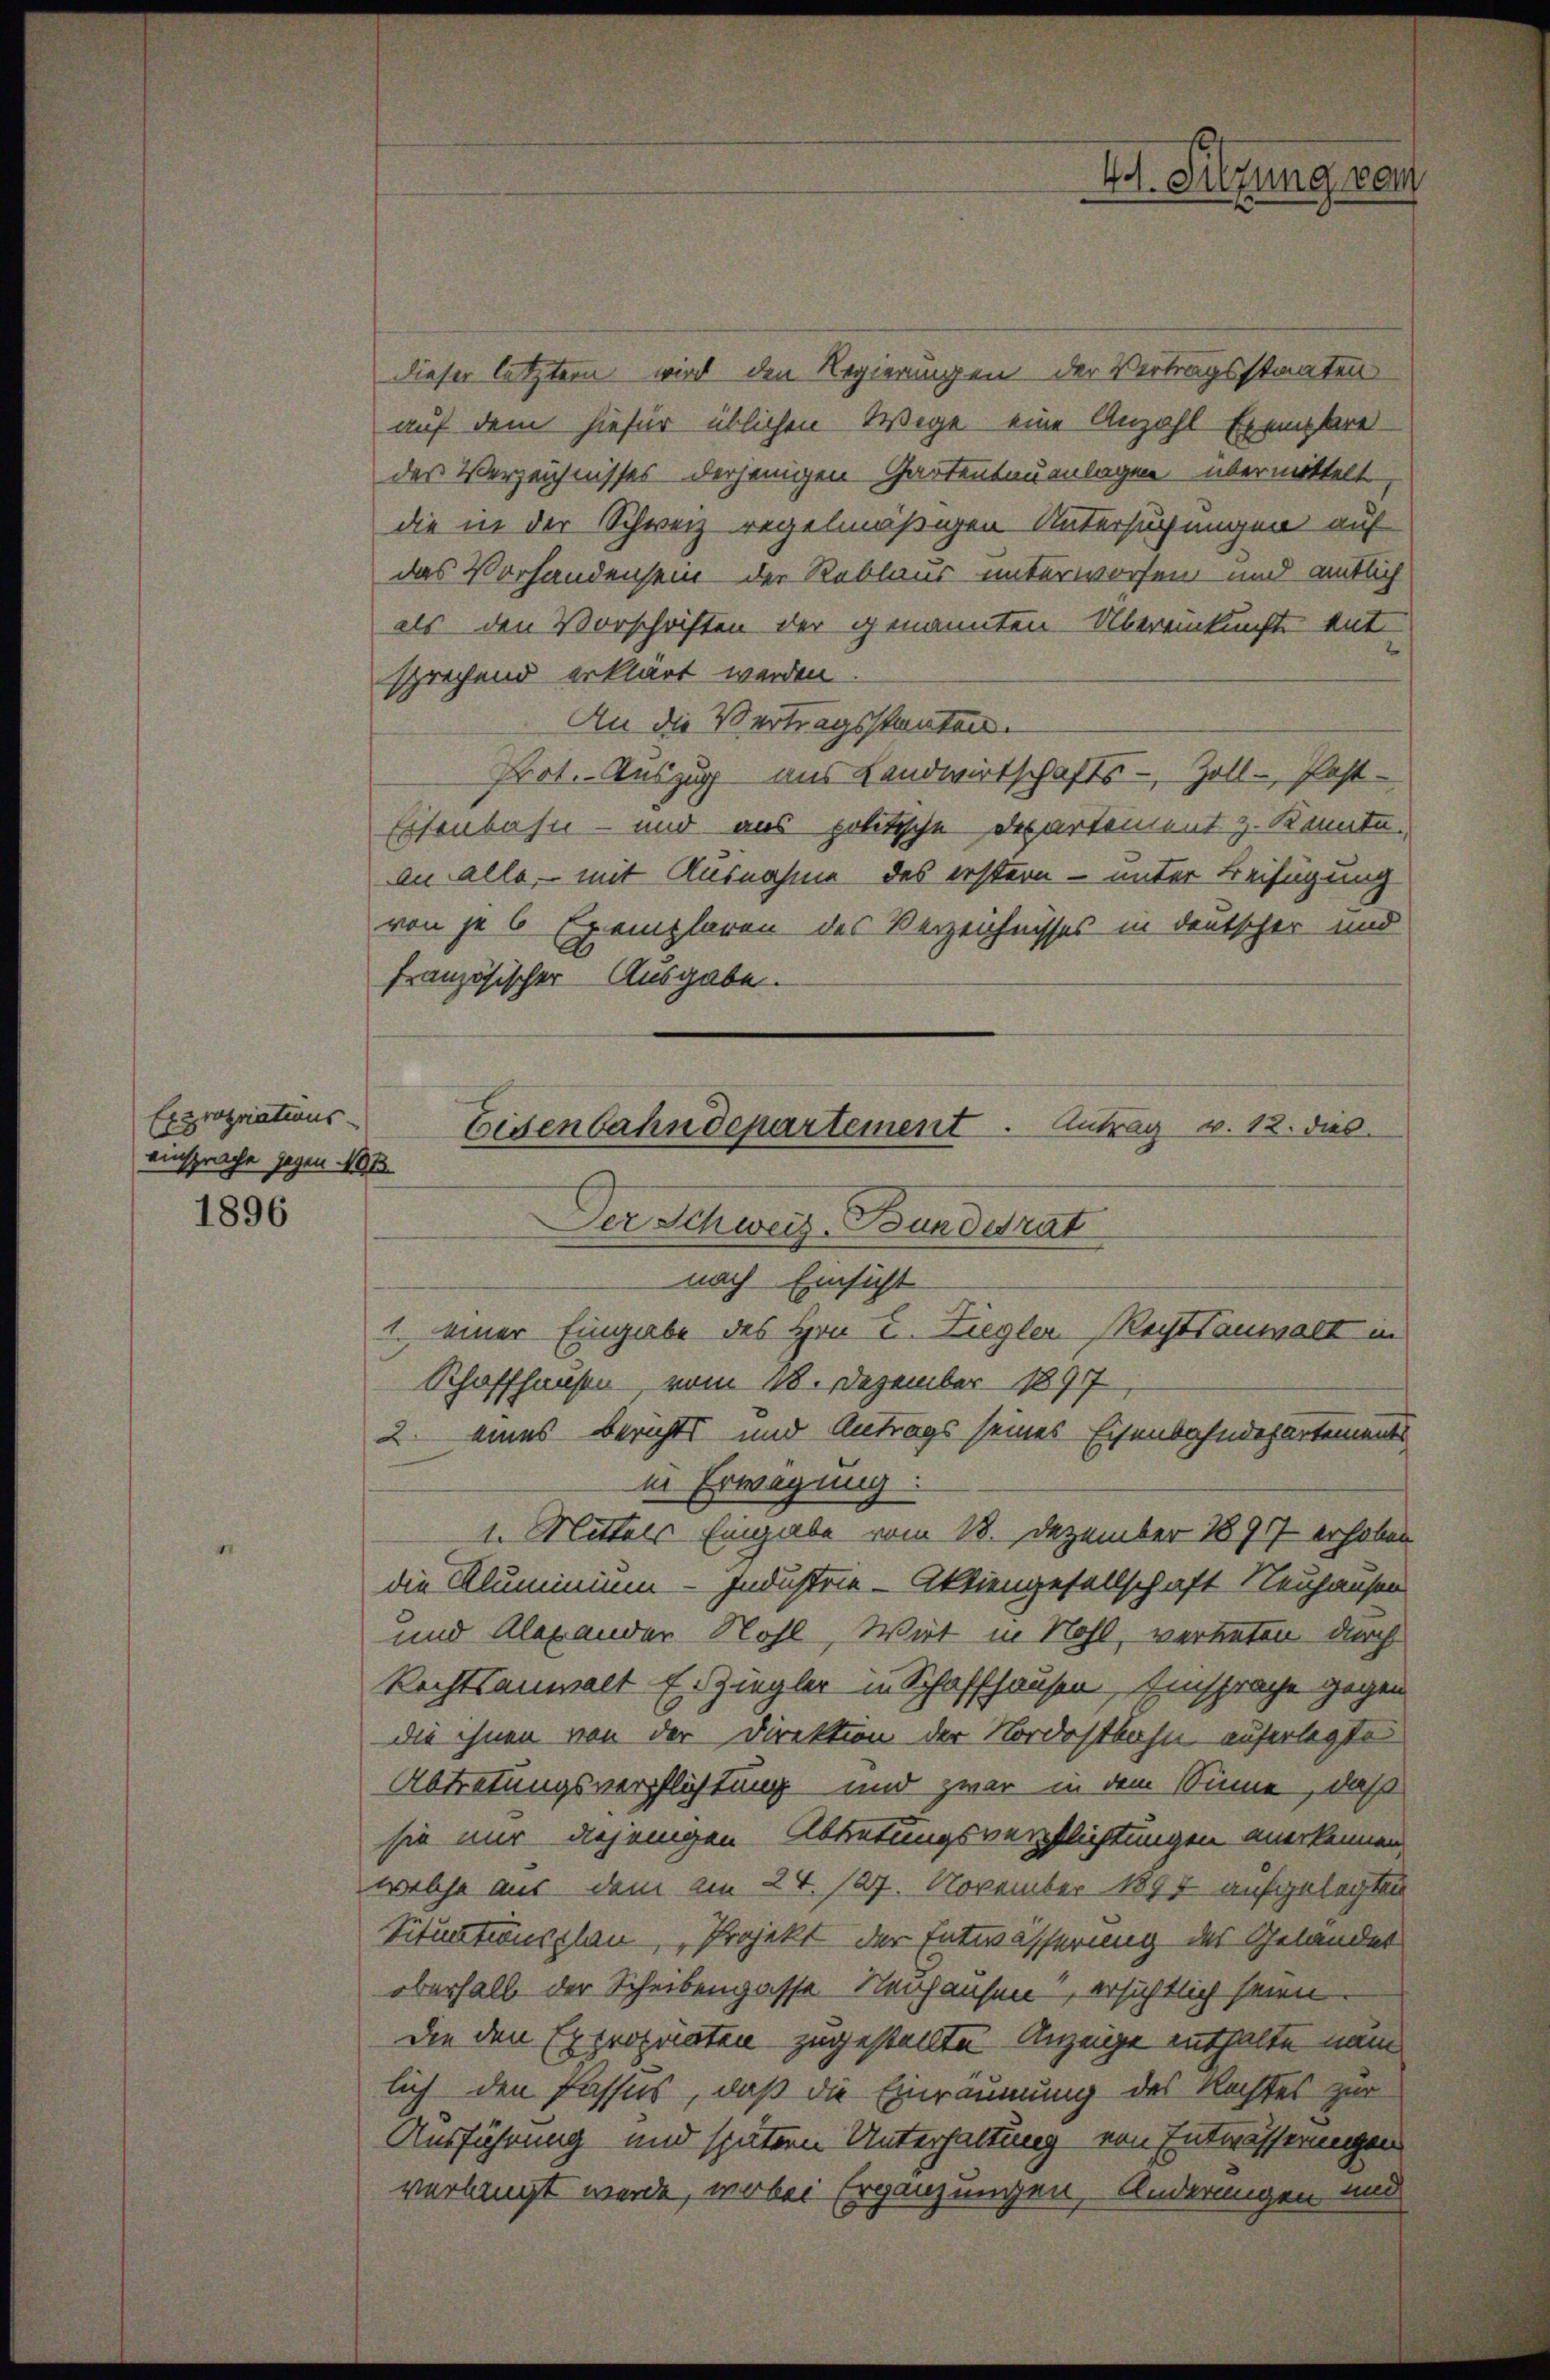
Expropriations-
einsprache gegen 191
1896

dieser letztern wird den Regierungen der Vertragsstaaten
auf dem hiefür üblichen Wege eine Anzahl Exembredes Verzeichnisses derjenigen Gartentauenlagen übermittelt
die in der Schweiz regelmäßigen Untersuchungen auf
das Vorhandensein der Reblaus unterworfen und amtlich
als den Vorschriften der genannten Übereinkunfte ent
sprechend erklärt werden.
An die Vertragsstanten.
Prot. Auszug aus Landwirtschafts - Zoll - Post-
Eisenbahn- und aus politische Departement z. Konnte.
an alle, mit Ausnahme des erstern – unter Beifügung
von je 6 Exemplaren des Verzeichnisses in deutscher und
französischer Ausgabe.
Schaffhausen, vom 18. Dezember 1897
2. eines Berichts und Antrags seines Eisenbahndepartements
in Erwägung:
1. Mittels Eingabe vom 18. Dezember 1891 erhoben
die Kluminium - Industrie - Aktiengesellschaft Neuhausen
und Alexander Nohl, Wirt in Nohl, verbeten durch
Rechtsanwalt E. Ziegler in Schaffhausen, Einsprache gegen
die ihnen von der Direktion der Nordostbahn auferlegte
Abtretungsverpflichtung und zwar in dem Sinne, daß
sie nur diejenigen Abtretungsverpflichtungen anerkennen,
welche aus dem am 24. 127. November 1897 aufgelegten
Situationsplan, Projekt der Entwässerung des Geländer
oberhalb der Scheibengasse Neuhausen, ersichtlich seien.
die den Expropriaten zugestellte Anzeige enthalte nam
lich den Passus, daß die Einräumung des Rechtes zur
Ausführung und spätern Unterhaltung von Entwässerungen
verlangt werde, wobei Ergänzungen, Änderungen und

4t. Silzung von

Eisenbahndepartement. Antrag v. 12. dies
Der Schweiz. Bunderat
nach Einsicht
1. einer Eingabe des Hrn I. Ziegler Rechtsanwalt in